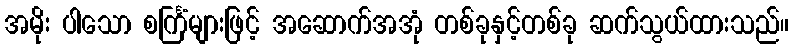
အမိုး ပါသော စင်္ကြံများဖြင့် အဆောက်အအုံ တစ်ခုနှင့်တစ်ခု ဆက်သွယ်ထားသည်။